65_HS1-834228961_62-HQ-83894_Section_5
Agency: FBI
Page 205
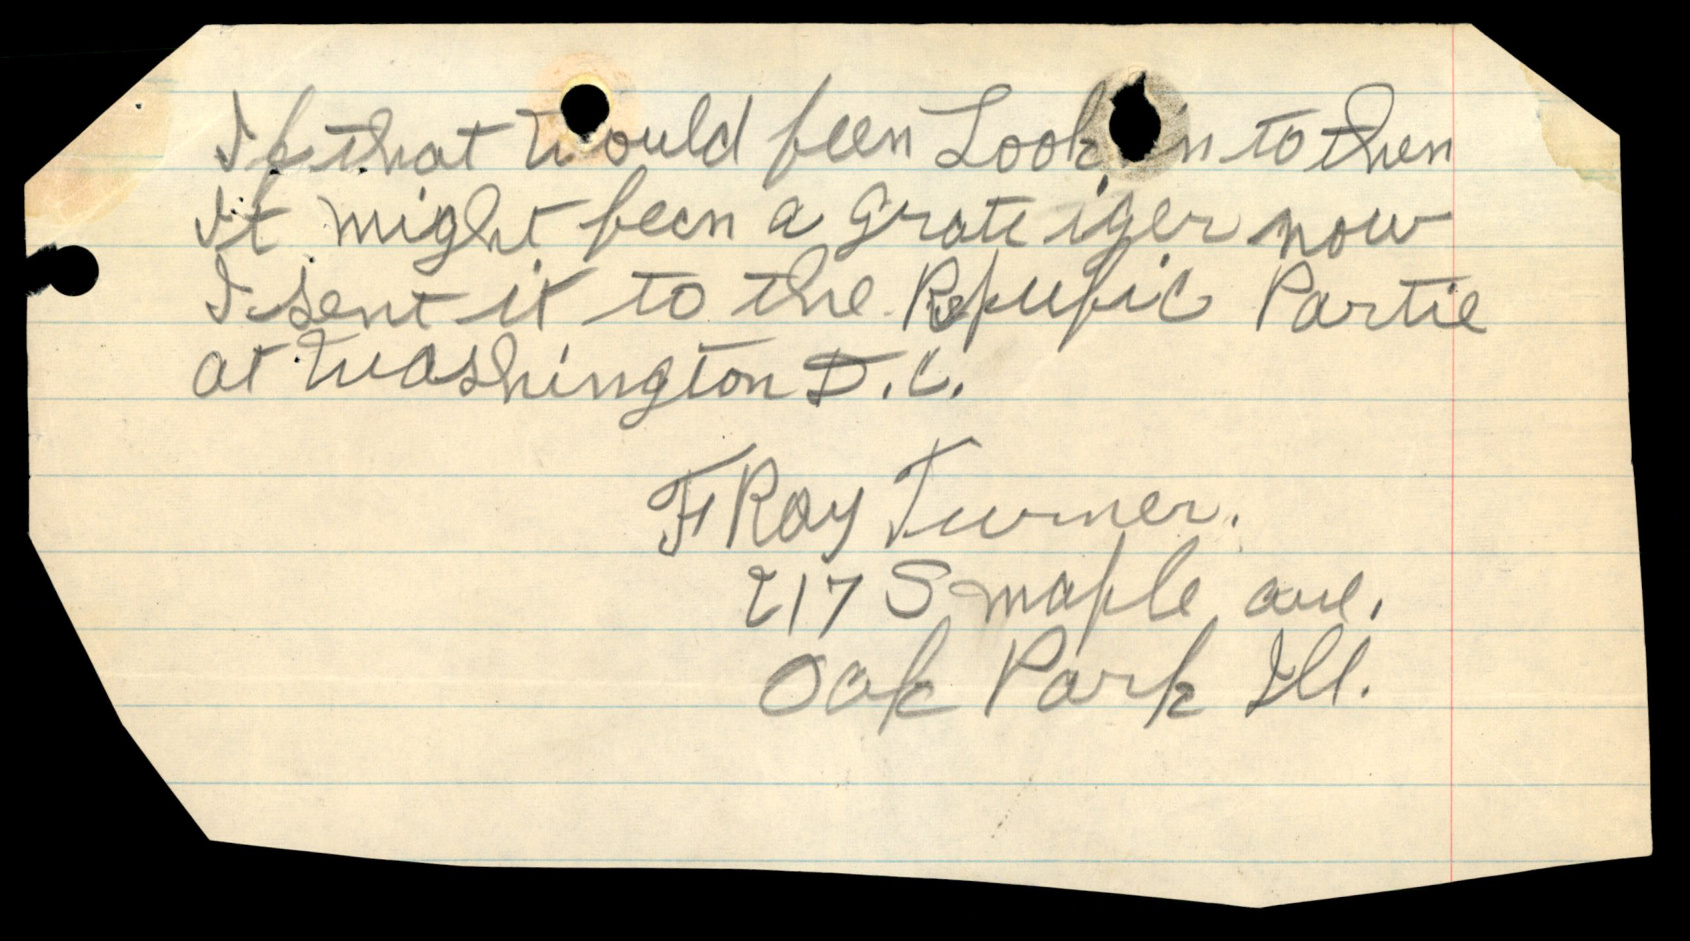